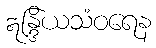
ဣန္ဒြိယသံဝရေန